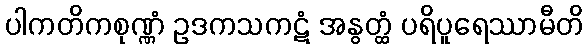
ပါကတိကစုဏ္ဏံ ဥဒကသကဋံ အနွတ္ထံ ပရိပူရေဿာမီတိ